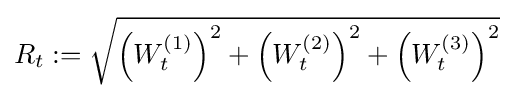
R_{t}:={\sqrt {\left(W_{t}^{(1)}\right)^{2}+\left(W_{t}^{(2)}\right)^{2}+\left(W_{t}^{(3)}\right)^{2}}}